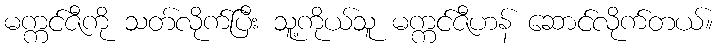
မက္ကင်ဇီကို သတ်လိုက်ပြီး သူ့ကိုယ်သူ မက္ကင်ဇီဟန် ဆောင်လိုက်တယ်။